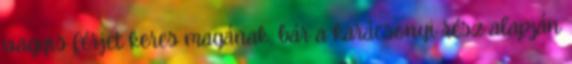
vagyis férjet keres magának, bár a karácsonyi rész alapján